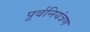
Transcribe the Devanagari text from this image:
पूर्वनियंत्रण